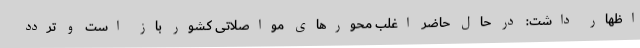
اظهار داشت: در حال حاضر اغلب محورهای مواصلاتی کشور باز است و تردد